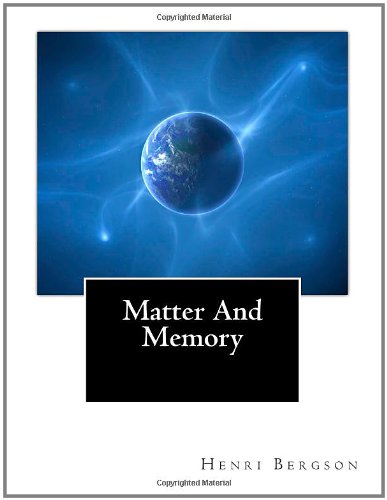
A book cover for Matter And Memory; Henri Bergson; Politics & Social Sciences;